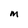
Character: m